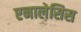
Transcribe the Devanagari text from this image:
एनालेसिस